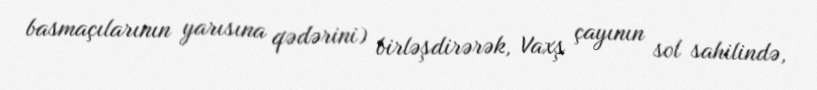
basmaçılarının yarısına qədərini) birləşdirərək, Vaxş çayının sol sahilində,